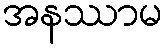
အနဿာမ